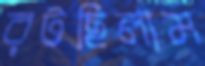
রটছিলাম